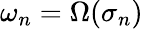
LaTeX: \omega_{n}=\Omega(\sigma_{n})